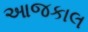
આજકાલ